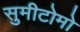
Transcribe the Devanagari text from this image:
सुमीटोमो